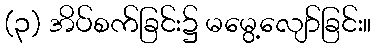
(၃) အိပ်စက်ခြင်း၌ မမွေ့လျော်ခြင်း။